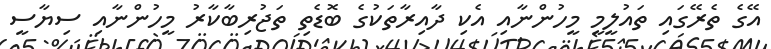
އޭގެ ތެރޭގައި ތައުލީމީ މީހުންނާއި އެކި ދާއިރާތަކުގެ ބޮޑެތި ތަޖުރިބާކާރު މީހުންނާއި ސިޔާސީ